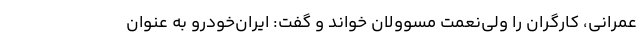
عمرانی، کارگران را ولی‌نعمت مسوولان خواند و گفت: ایران‌خودرو به عنوان